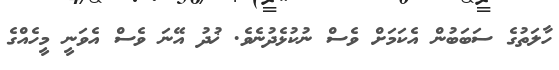
ހާލަތުގެ ސަބަބުން އެކަމަށް ވެސް ނުކުޅެދުނެވެ. ޚުދު އޭނަ ވެސް އެވަނީ މީހެއްގެ